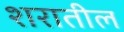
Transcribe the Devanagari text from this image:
शरातील